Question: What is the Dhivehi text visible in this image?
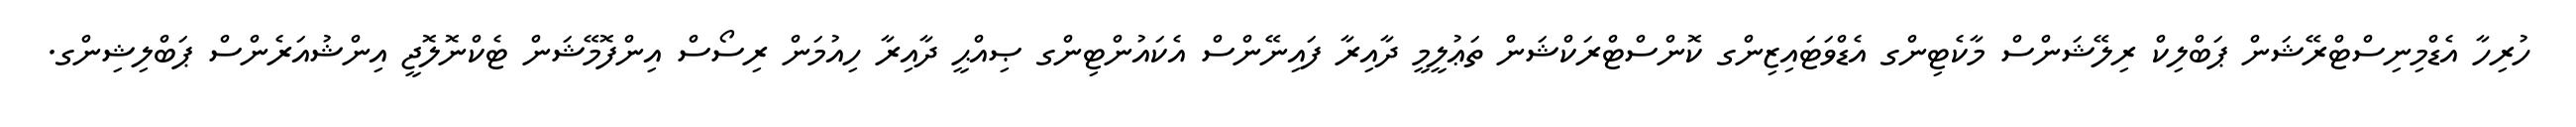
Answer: ހުރިހާ އެޑްމިނިސްޓްރޭޝަން ޕަބްލިކް ރިލޭޝަންސް މާކެޓިންގ އެޑްވަޓައިޒިންގ ކޮންސްޓްރަކްޝަން ތަޢުލީމީ ދާއިރާ ފައިނޭންސް އެކައުންޓިންގ ޞިއްޙީ ދާއިރާ ހިއުމަން ރިސޯސް އިންފޮމޭޝަން ޓެކްނޮލޮޖީ އިންޝުއަރެންސް ޕަބްލިޝިންގ.